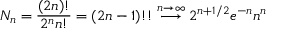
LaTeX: N _ { n } = { \frac { ( 2 n ) ! } { 2 ^ { n } n ! } } = ( 2 n - 1 ) ! ! \stackrel { n \to \infty } { \longrightarrow } 2 ^ { n + 1 / 2 } e ^ { - n } n ^ { n }